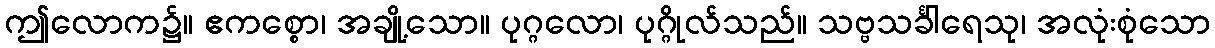
ဤလောက၌။ ဧကစ္စော၊ အချို့သော။ ပုဂ္ဂလော၊ ပုဂ္ဂိုလ်သည်။ သဗ္ဗသင်္ခါရေသု၊ အလုံးစုံသော